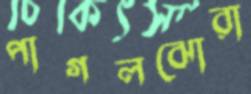
পাগলঝোরা